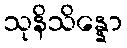
သုနိသိန္နော